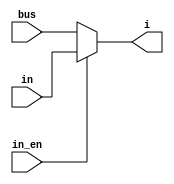
module mux2_1(in_en, in, bus, i);
	input wire in_en;
	input wire [7:0] in, bus;
	output reg [7:0] i;

always @(in, bus, in_en) begin
	i = 8'bxxxxxxxx;
	if (in_en == 1) begin
		i = in;		
	end
	else begin
		i = bus;
	end
end
endmodule